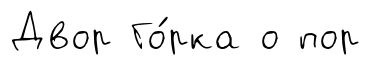
Двор Го́рка о пор